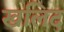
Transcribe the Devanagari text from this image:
खलिद